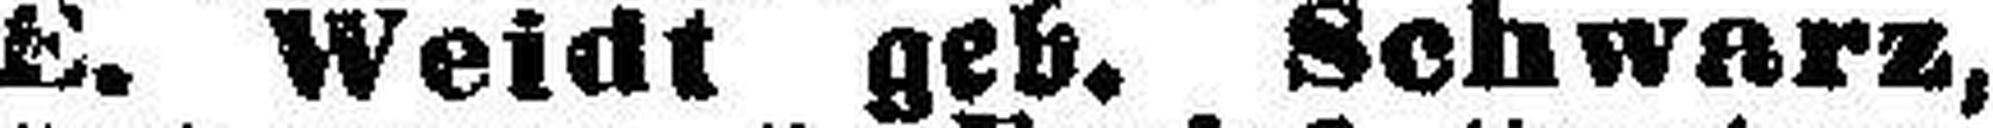
E. Weidt geb. Schwarz,